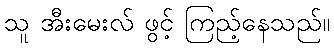
သူ အီးမေးလ် ဖွင့် ကြည့်နေသည်။